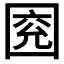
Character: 𡇰